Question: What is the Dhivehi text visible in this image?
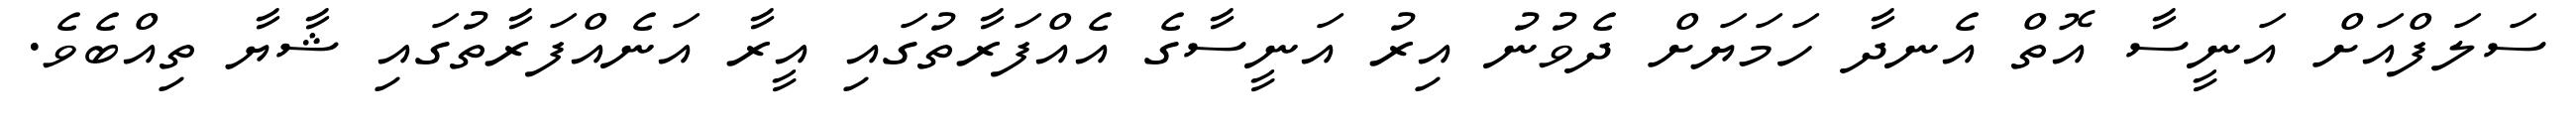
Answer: ސަލަފްއަށް އަނީސާ އޮތް އެނދާ ހަމަޔަށް ދެވުނު އިރު އަނީސާގެ އެއްފަރާތުގައި އީރާ އަނެއްފަރާތުގައި ޝާޔާ ތިއްބެވެ.